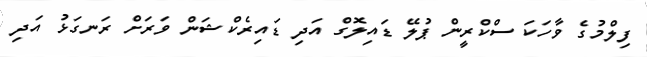
ފިލްމުގެ ވާހަކަ ސްކްރީން ޕުލޭ ޑައިލޮގް އަދި ޑައިރެކްޝަން ވަރަށް ރަނގަޅު އަދި